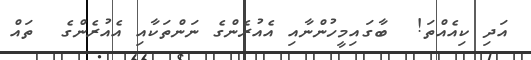
އަދި ކިއެއްތަ!  ބާގައިމީހުންނާއި އެއުރެންގެ ނަންތަކާއި އެއުރެންގެ  ތައް